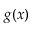
g ( x )